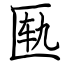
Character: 匦